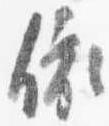
依